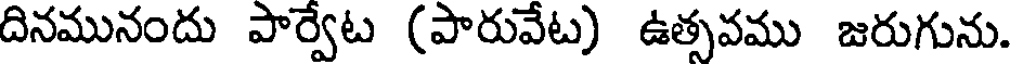
దినమునందు పార్వేట (పారువేట) ఉత్సవము జరుగును.